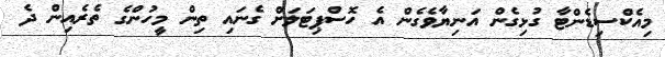
މިއެކްސިޑެންޓާ ގުޅިގެން އަނިޔާވެގެން އެ ހޮސްޕިޓަލަށް ގެނައި ތިން މީހުންގެ ތެރެއިން ދެ